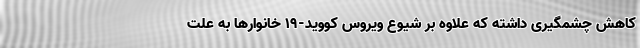
کاهش چشمگیری داشته که علاوه بر شیوع ویروس کووید-۱۹ خانوارها به علت